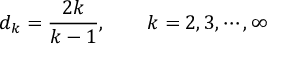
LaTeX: d _ { k } = \frac { 2 k } { k - 1 } , \qquad k = 2 , 3 , \cdots , \infty